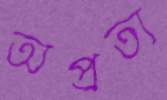
অপ্রত্য